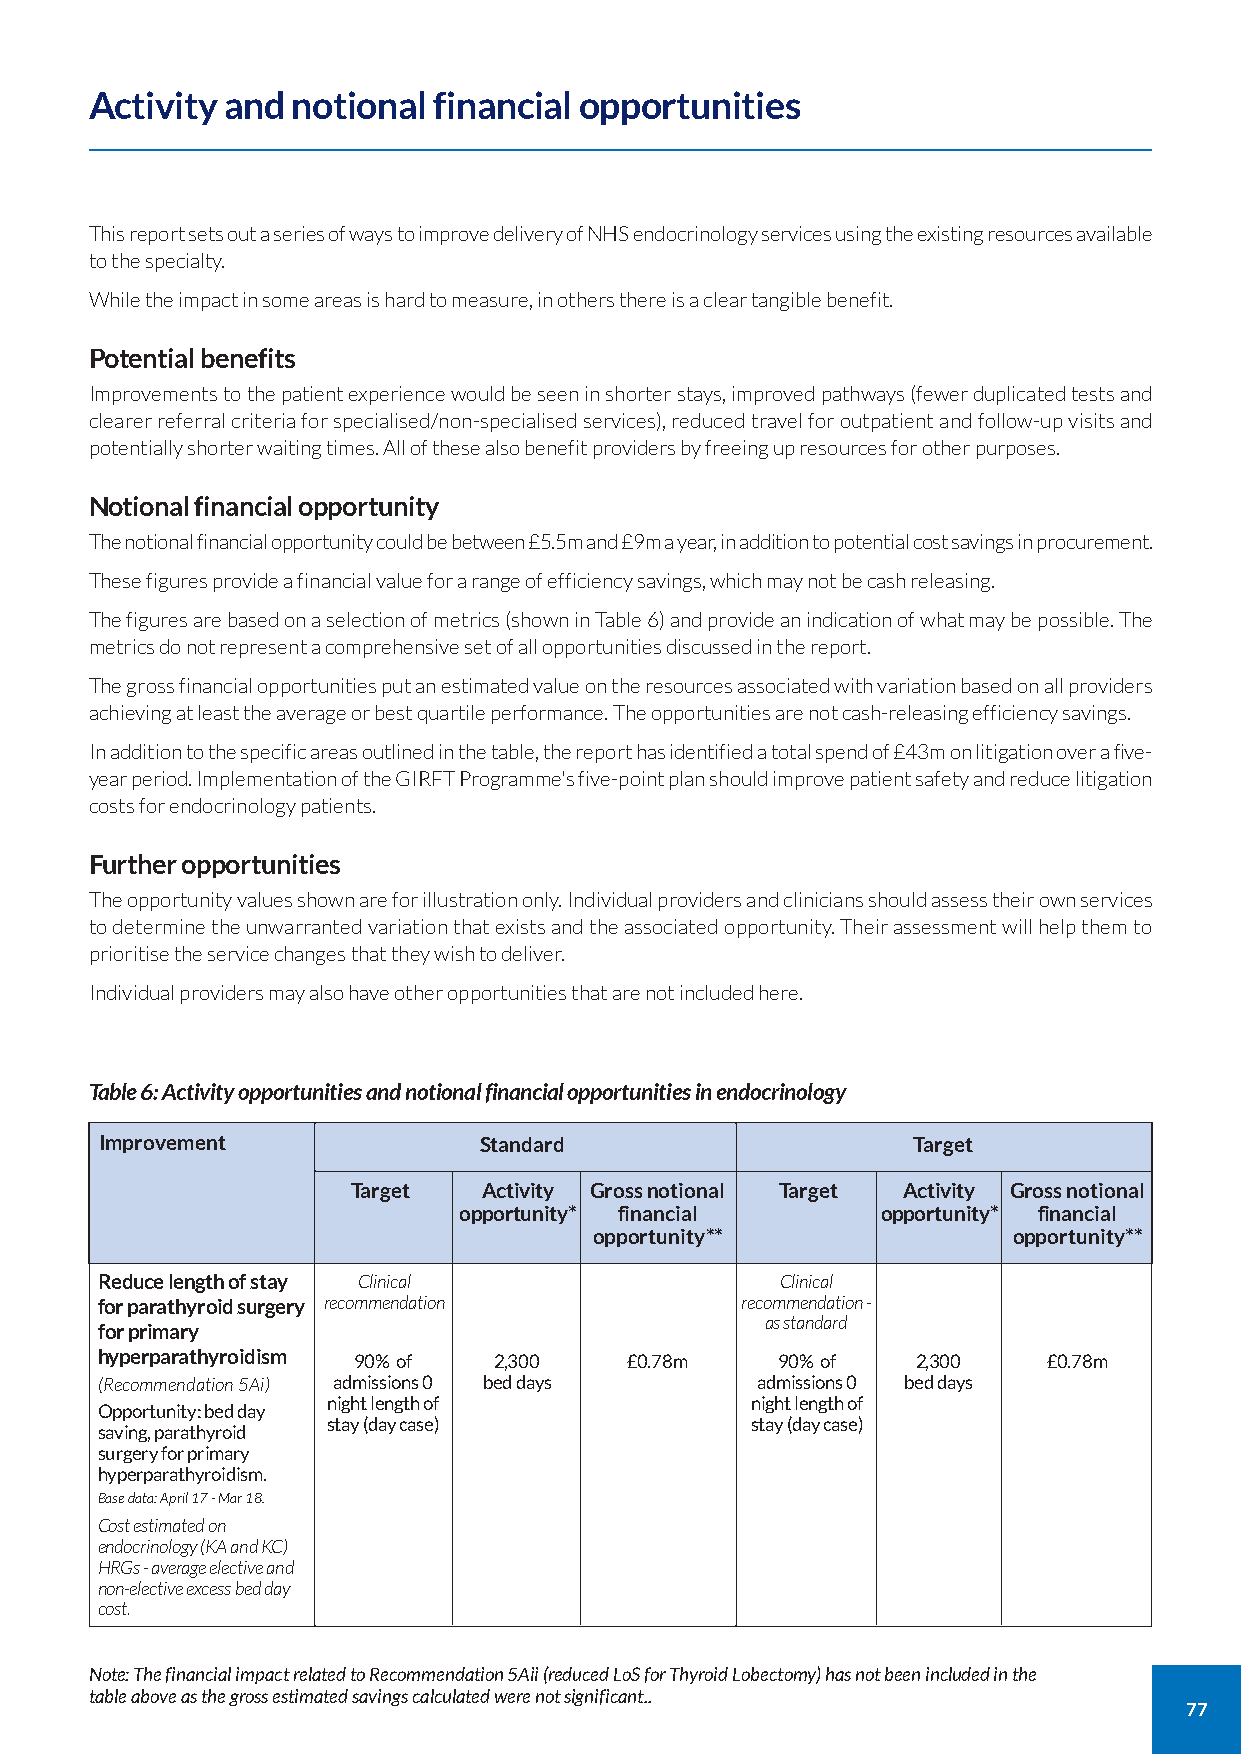
Activity and notional  financial opportunities
 This report sets out a series of ways to improve delivery of NHS endocrinology services using the existing resources available
 to the specialty.
 While the impact in some areas is hard to measure, in others there is a clear tangible benefit.
 Potential benefits
 Improvements to the patient experience would be seen in shorter stays, improved pathways (fewer duplicated tests and
 clearer referral criteria for specialised/non-specialised services), reduced travel for outpatient and follow-up visits and
 potentially shorter waiting times. All of these also benefit providers by freeing up resources for other purposes.
 Notional financial opportunity
 The notional financial opportunity could be between £5.5m and £9m a year, in addition to potential cost savings in procurement.
 These figures provide a financial value for a range of efficiency savings, which may not be cash releasing.
 The figures are based on a selection of metrics (shown in Table 6) and provide an indication of what may be possible. The
 metrics do not represent a comprehensive set of all opportunities discussed in the report.
 The gross financial opportunities put an estimated value on the resources associated with variation based on all providers
 achieving at least the average or best quartile performance. The opportunities are not cash-releasing efficiency savings.
 In addition to the specific areas outlined in the table, the report has identified a total spend of £43m on litigation over a five-
 year period. Implementation of the GIRFT Programme's five-point plan should improve patient safety and reduce litigation
 costs for endocrinology patients.
 Further opportunities
 The opportunity values shown are for illustration only. Individual providers and clinicians should assess their own services
 to determine the unwarranted variation that exists and the associated opportunity. Their assessment will help them to
 prioritise the service changes that they wish to deliver.
 Individual providers may also have other opportunities that are not included here.
 Table 6: Activity opportunities and notional financial opportunities in endocrinology
 Improvement              Standard                    Target
 Target   Activity Gross notional Target Activity Gross notional
 opportunity* financial      opportunity* financial
 opportunity**               opportunity**
 Reduce length of stay Clinical                Clinical
 for parathyroid surgery recommendation     recommendation -
 as standard
 for primary
 hyperparathyroidism 90% of 2,300    £0.78m   90% of    2,300   £0.78m
 (Recommendation 5Ai) admissions 0 bed days  admissions 0 bed days
 night length of             night length of
 Opportunity: bed day
 stay (day case)             stay (day case)
 saving, parathyroid
 surgery for primary
 hyperparathyroidism.
 Base data: April 17 - Mar 18.
 Cost estimated on
 endocrinology (KA and KC)
 HRGs - average elective and
 non-elective excess bed day
 cost.
 Note: The financial impact related to Recommendation 5Aii (reduced LoS for Thyroid Lobectomy) has not been included in the
 table above as the gross estimated savings calculated were not significant..
 77